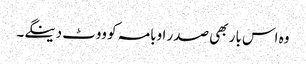
وہ اس بار بھی صدر اوبامہ کو ووٹ دینگے۔